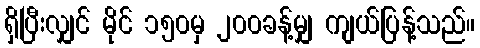
ရှိပြီးလျှင် မိုင် ၁၅၀မှ ၂၀၀ခန့်မျှ ကျယ်ပြန့်သည်။